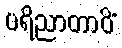
ပရိညာတာဝိံ